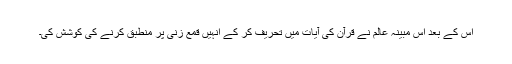
اس کے بعد اس مبینہ عالم نے قرآن کی آیات میں تحریف کر کے انہیں قمع زنی پر منطبق کرنے کی کوشش کی۔